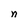
Character: n